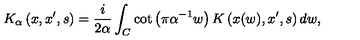
K _ { \alpha } \left( x , x ^ { \prime } , s \right) = { \frac { i } { 2 \alpha } } \int _ { C } \cot \left( \pi \alpha ^ { - 1 } w \right) K \left( x ( w ) , x ^ { \prime } , s \right) d w ,